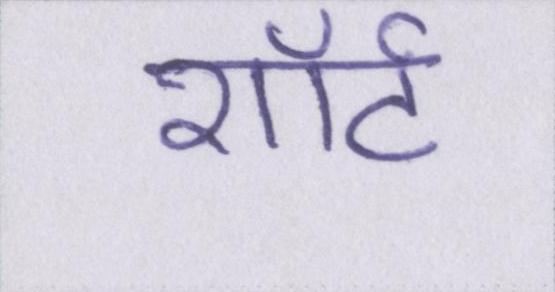
शॉर्ट